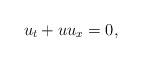
LaTeX: \begin{align*} u_t + u u_x = 0, \end{align*}